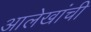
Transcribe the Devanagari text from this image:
आलेखांची